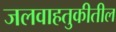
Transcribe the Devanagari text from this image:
जलवाहतुकीतील